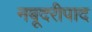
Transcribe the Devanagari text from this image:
नबूदरीपाद